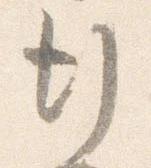
行